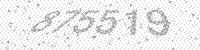
Solution: 875519